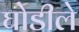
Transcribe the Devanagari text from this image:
घोडीले